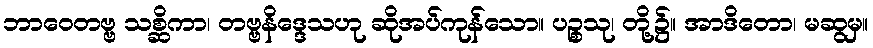
ဘာဝေတဗ္ဗ သစ္ဆိကာ၊ တဗ္ဗနိဒ္ဒေသဟု ဆိုအပ်ကုန်သော။ ပဉ္စသု၊ တို့၌။ အာဒိတော၊ မဆွမှ။